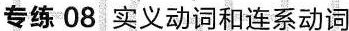
专练 08 实义动词和连系动词